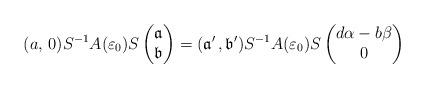
LaTeX: \begin{align*}(a,\, 0) S^{-1} A(\varepsilon_0) S\left(\begin{matrix}\mathfrak{a} \\\mathfrak{b}\end{matrix}\right)= (\mathfrak a'\,,\mathfrak b') S^{-1} A(\varepsilon_0) S\left(\begin{matrix}d\alpha-b\beta\\0\end{matrix}\right)\end{align*}